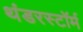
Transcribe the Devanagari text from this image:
थंडरस्टॉर्म